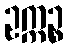
ဥက္ကဉ္စ